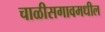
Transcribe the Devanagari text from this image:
चाळीसगावमधील